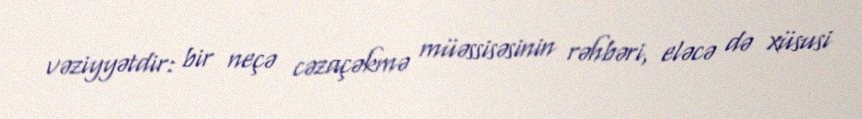
vəziyyətdir: bir neçə cəzaçəkmə müəssisəsinin rəhbəri, eləcə də xüsusi